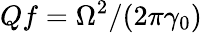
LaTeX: Qf=\Omega^{2}/(2\pi\gamma_{0})